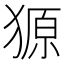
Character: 獂